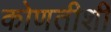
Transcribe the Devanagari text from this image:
कोणतीशी